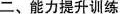
二、能力提升训练